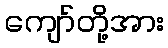
ကျော်တို့အား